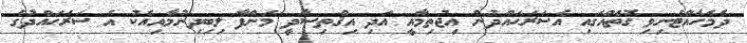
ދެމެހެއްޓެނިވި ގޮތެއްގައި އެސަރަޙައްދުން އިޖުތިމާއީ އަދި އިޤްތިސާދީ މަންފާ ލިބިދިނުމާއިއެކު އެ ސަރަހައްދުގެ